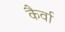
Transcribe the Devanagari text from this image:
कैर्वा